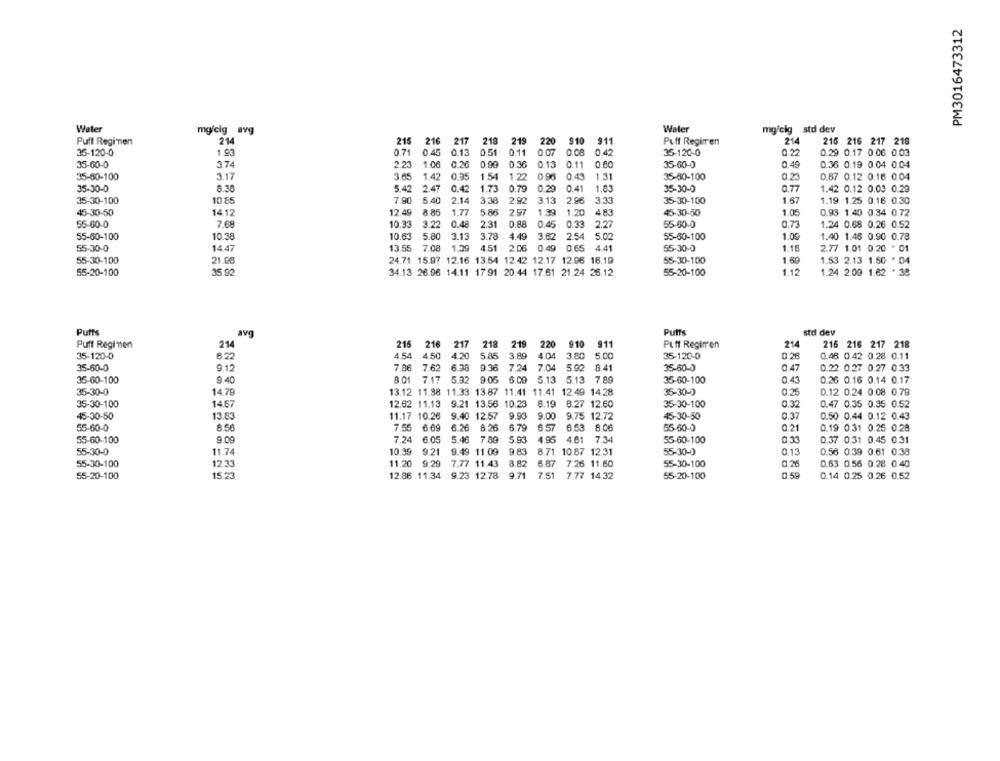
PM3016473312
Water
Water
mg/cig std dev
mg/cig avg
Pull Regimen
214
215
216
217
218
219
220
910
911
Puff Regimen
214
216 216 217 218
35-120-0
1.93
0.71
0.45 0.13
0.51
0.11
0.07
0.08
0 42
35-120-0
0.22
0.29 0.17 0.06 0.03
35-60-0
3.74
2.23
1.06
0.26
0,90
0.36
0.13
0.11
0.00
35-60-0
0.49
0.36 0.19 0.04 0.04
3.17
3.65
1.42
0.35
1.54
1.22
0.96 0.43
1.31
35-60-100
35-60-100
0.23
0.67 0.12 0.16 0.04
35-30-0
8.30
5.42
2.47
0.42
1.73
0.79
0.20
0.41
1.83
35-30-0
0.77
1.42 0.12 0.03 0.29
2.14
3.38
3.13
2.95
3.33
1.57
35-30-100
10.85
7,90
5 40
2.92
35-30-100
1.19 1.25 0.16 0.30
45-30-50
1412
12.49
8.85
1.77
5 86
2.97
1.39
1.20
483
45-30-50
1.05
0.93 1.40 0.34 0.72
55-60-0
7.68
10.33
3.22
0.48
2.31
0.88
0.45
0.33
2.27
55-60-0
0.73
1.24 0.68 0.26 0.52
55-60-100
10.38
10.63
5.80
3.13
3.78
4.49
3.62
2.54
5.02
55-60-100
1.00
1.40 1.46 0.90 0.78
55-30-0
14.47
13.55 7.08
1.29
4.51 2.06 0.49 0.65
4.41
65-30-0
1.18
2.77 1.01 0.20 * 01
1.69
55-30-100
21.08
24.71 15.97 12.16 13.54 12.42 12.17 12.06 16.10
55-30-100
1.53 2.13 1.50 .04
55-20-100
35.92
34.13 26.96 14.11 17.91 20.44 17.61 21.24 26.12
55-20-100
1.12
1.24 2.00 1.62 * 38
Putts
avg
Putts
std dev
214
Puff Regimen
214
215 216
217 218 219 220 910
911
Puff Regimen
215 216 217 218
35-120-0
6.22
4.54
4.50
4.20
5.85 3.89 4.04 3.80 5.00
35-120-0
0.28
0.48 0.42 0.28 0.11
7.62
9.36
35-60-0
9.12
7.86
6.38
7.24 7.04 5.92 8.41
35-60-0
0.47
0.22 0.27 0.27 0.33
35-60-100
9.40
8.01
7.17
5.32 9.05 6.00 5.13 5.13 7.89
35-60-100
0.43
0.26 0.16 0.14 0.17
35-30-0
14.79
13.12 11.38 11.33 13.87 11.41 11.41 12.49 14.28
35-30-0
0.26
0.12 0.24 0.08 0.79
35-30-100
14.67
12.62 11.13
9.21 13.56 10.23
8.19 8.27 12.60
35-30-100
0.32
0.47 0.35 0.35 0.52
45-30-50
13.83
11.17 10.26
9.40 12.57
9.93
9.00
9.75 12.72
45-30-50
0.37
0.50 0.44 0.12 0.43
6 69
6.26 8.26
6.79
6.57
6.53 8.06
0.21
0.19 0.31 0.25 0.28
55-60-0
8.56
7.55
55-60-0
55-60-100
9.09
7.24
6.05
5.46
7,89
5.93
4.95 4.81 7.34
55-60-100
03
0.37 0.31 0.45 0.31
55-30-0
11.74
10.39
9.21
9.49 11.09
9.83
8.71 10.87 12.31
55-30-0
0.13
0.56 0.39 0.61 0.38
55-30-100
12.33
11.20 9.29
7.77 11.43
8.82
6.87
7.26 11.60
55-30-100
0.2
0.63 0.56 0.28 0.40
55-20-100
15 .23
12.86 11.34
9.23 12.78
9.71
7.51 7.77 14.32
55-20-100
0.59
0.14 0.25 0.26 0.52